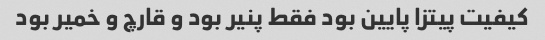
کیفیت پیتزا پایین بود فقط پنیر بود و قارچ و خمیر بود